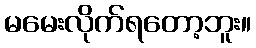
မမေးလိုက်ရတော့ဘူး။